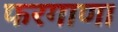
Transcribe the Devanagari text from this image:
फरगाणा